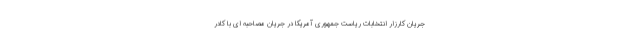
جریان کارزار انتخابات ریاست جمهوری آمریکا در جریان مصاحبه ای با کادر